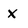
Character: X